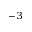
^ { - 3 }